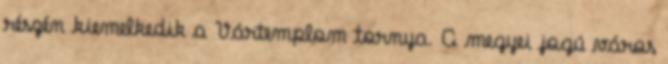
részén kiemelkedik a Vártemplom tornya. A megyei jogú város